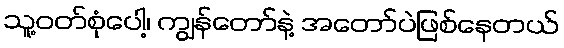
သူ့ဝတ်စုံပေါ့၊ ကျွန်တော်နဲ့ အတော်ပဲဖြစ်နေတယ်